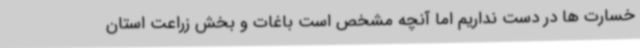
خسارت ها در دست نداریم اما آنچه مشخص است باغات و بخش زراعت استان